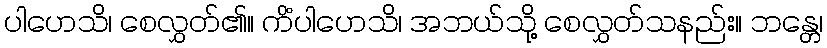
ပါဟေသိ၊ စေလွှတ်၏။ ကိံပါဟေသိ၊ အဘယ်သို့ စေလွှတ်သနည်း။ ဘန္တေ၊